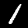
Digit: 1